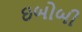
ઇબોબી